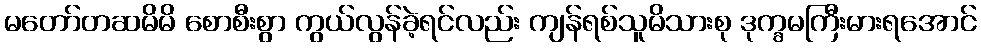
မတော်တဆမိမိ စောစီးစွာ ကွယ်လွန်ခဲ့ရင်လည်း ကျန်ရစ်သူမိသားစု ဒုက္ခမကြီးမားရအောင်